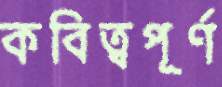
কবিত্বপূর্ণ